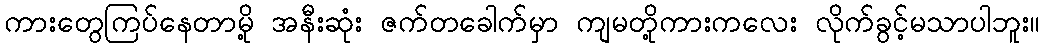
ကားတွေကြပ်နေတာမို့ အနီးဆုံး ဇက်တခေါက်မှာ ကျမတို့ကားကလေး လိုက်ခွင့်မသာပါဘူး။